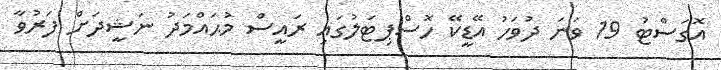
އޮގަސްޓު 19 ވަނަ ދުވަހު އޭޑީކޭ ހޮސްޕިޓަލުގައި ރައީސް މުޙައްމަދު ނަޝީދަށް ފަރުވާ